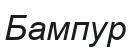
Бампур